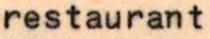
restaurant